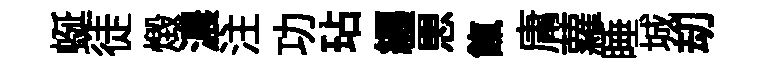
蜒徒燬濃注功玷纒愳餼庸蘿睡城刧